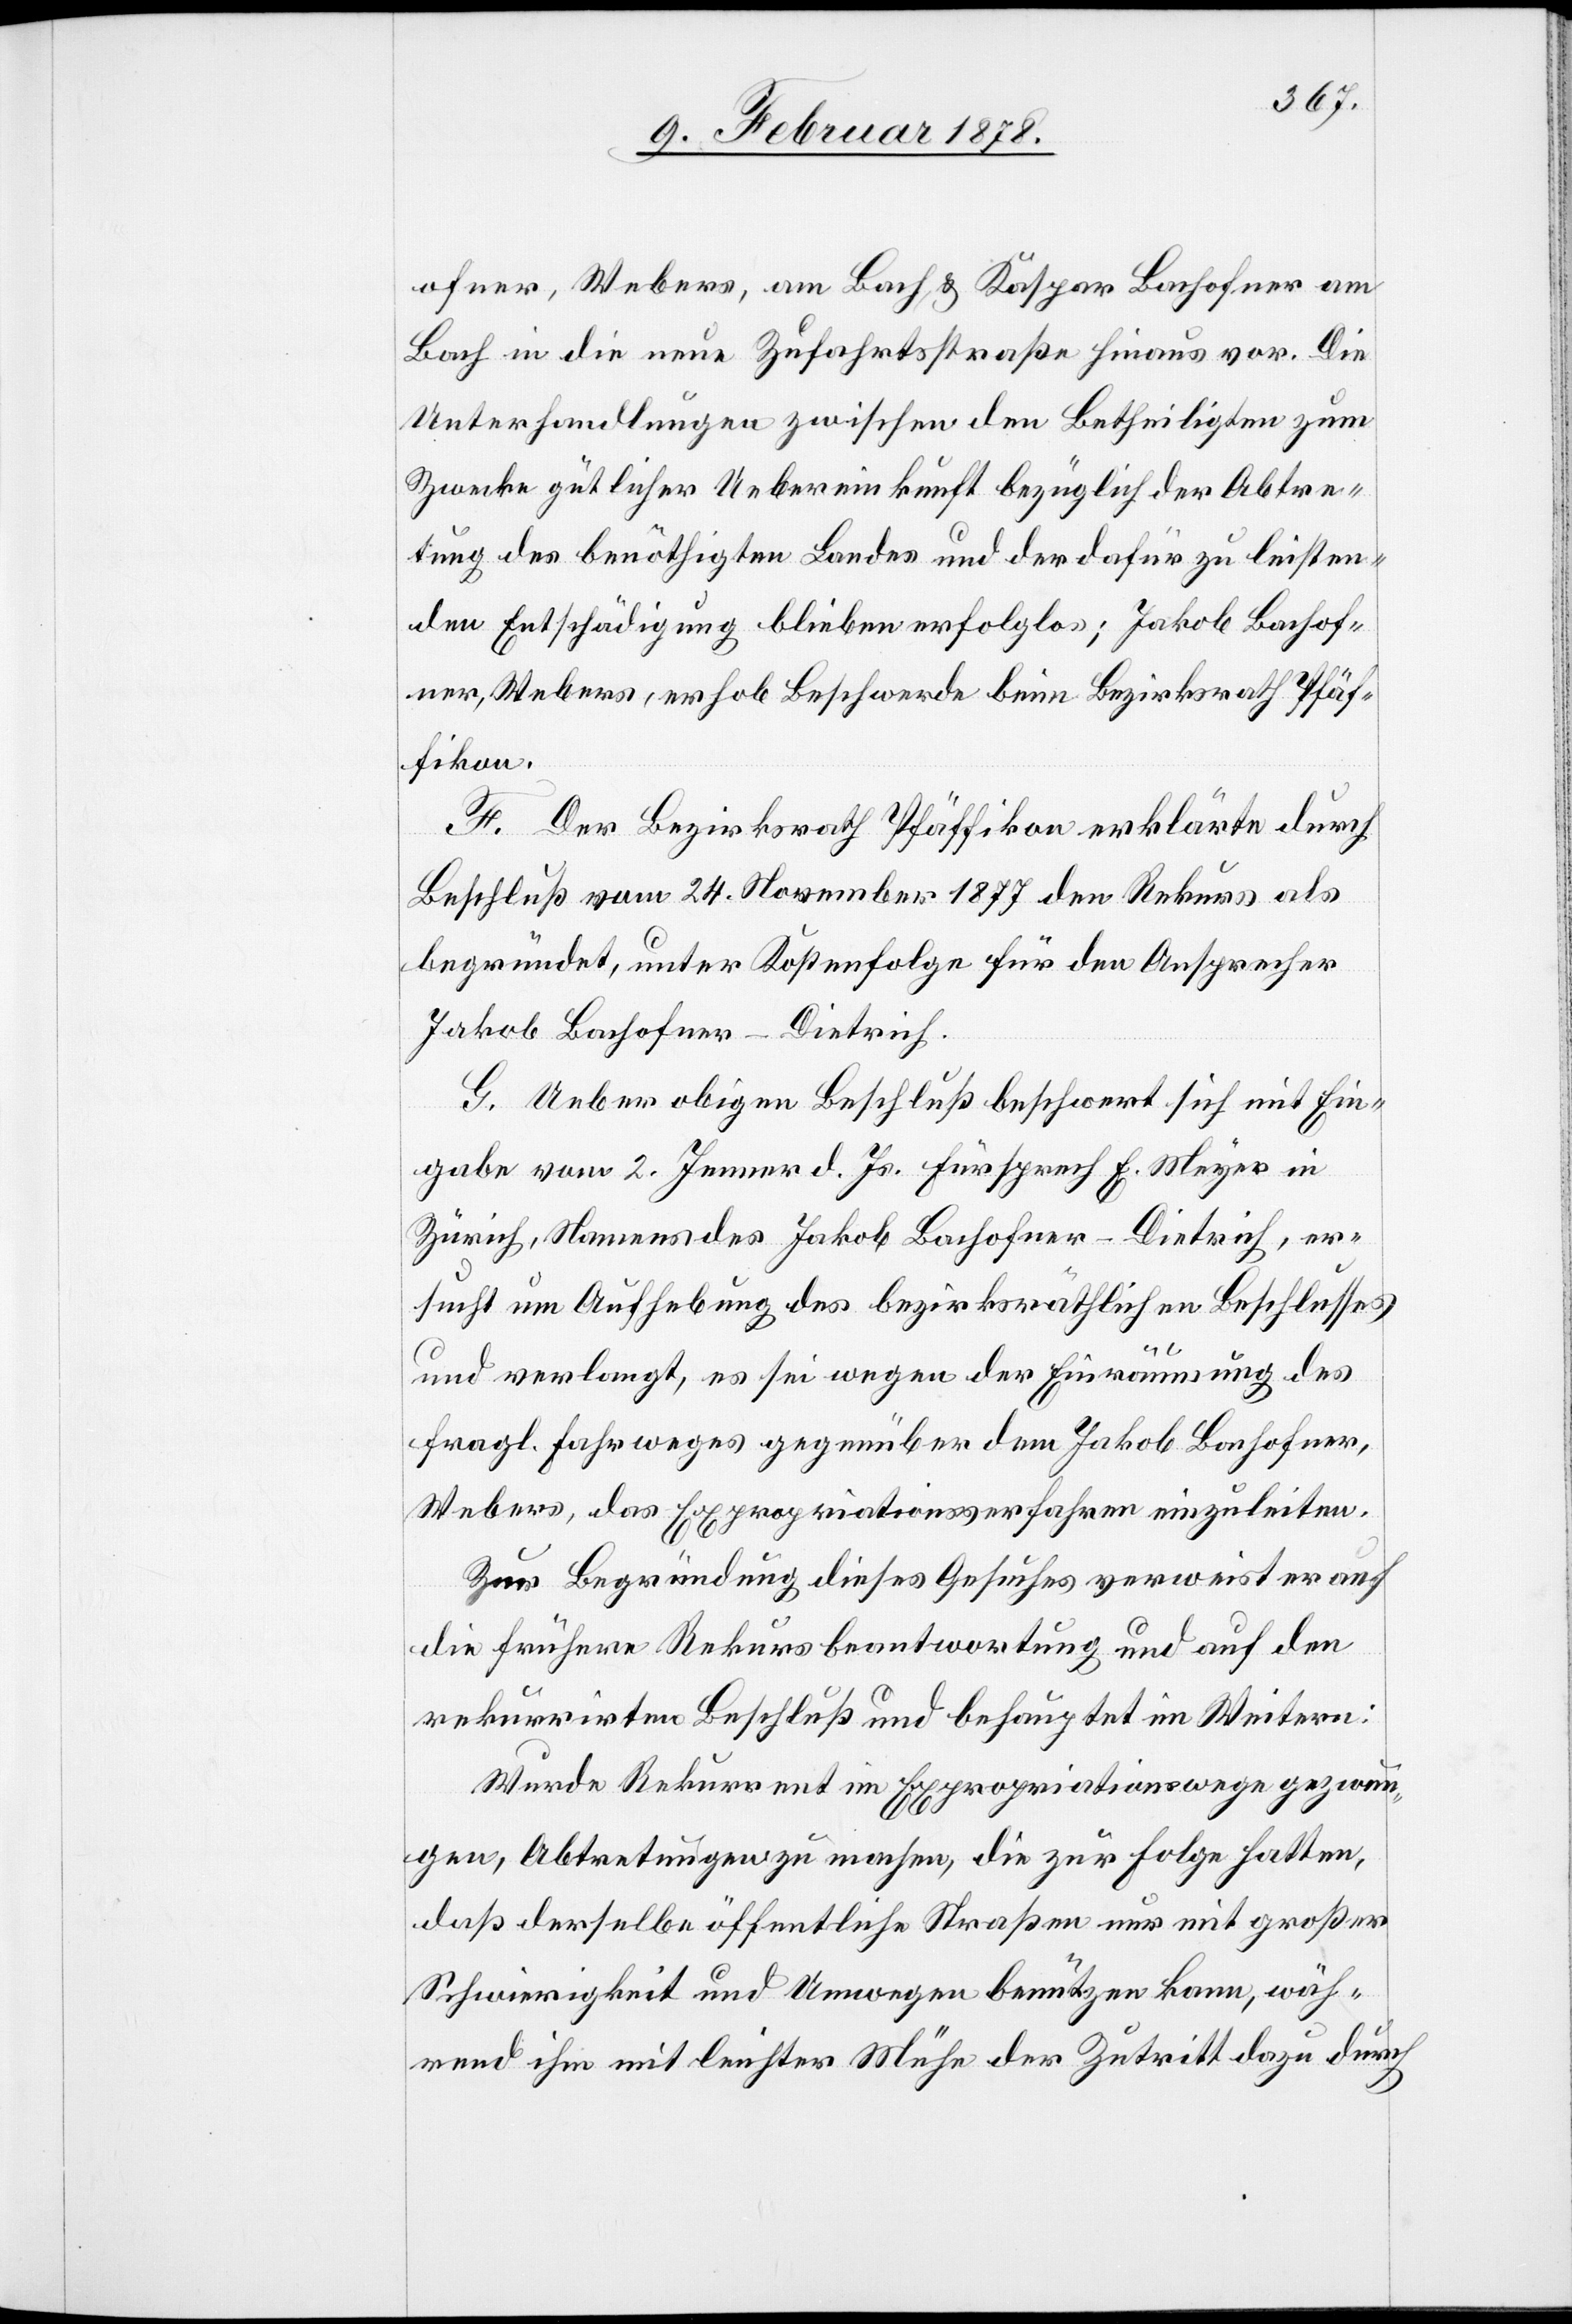
ofner, Webers, am Bach & Kaspar Bachofner am
Bach in die neue Zufahrtsstraße hinaus vor. Die
Unterhandlungen zwischen den Betheiligten zum
Zwecke gütlicher Uebereinkunft bezüglich der Abtre¬
tung des benöthigten Landes und der dafür zu leisten¬
den Entschädigung blieben erfolglos; Jakob Bachof¬
ner, Webers, erhob Beschwerde beim Bezirksrath Pfäf¬
fikon.
F. Der Bezirksrath Pfäffikon erklärte durch
Beschluß vom 24. November 1877 den Rekurs als
begründet, unter Kostenfolge für den Ansprecher
Jakob Bachofner-Dietrich.
G. Ueber obigen Beschluß beschwert sich mit Ein¬
gabe vom 2. Jenner d. Js. Fürsprech E. Meyer in
Zürich, Namens des Jakob Bachofner-Dietrich, er¬
sucht um Aufhebung des bezirksräthlichen Beschlusses
und verlangt, es sei wegen der Einräumung des
fragl. Fahrweges gegenüber dem Jakob Bachofner,
Webers, das Expropriationsverfahren einzuleiten.
Zur Begründung dieses Gesuches verweist er auf
die frühere Rekursbeantwortung und auf den
rekurrirten Beschluß und behauptet im Weitern:
Würde Rekurrent im Expropriationswege gezwun¬
gen, Abtretungen zu machen, die zur Folge hatten,
daß derselbe öffentliche Straßen nur mit großer
Schwierigkeit und Umwege benützen kann, wäh¬
rend ihm mit leichter Mühe der Zutritt dazu durch